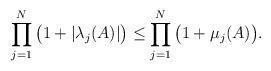
LaTeX: \begin{align*} \prod_{j=1}^N \big(1+|\lambda_j(A)|\big) \leq \prod_{j=1}^N \big(1 + \mu_j(A)\big).\end{align*}